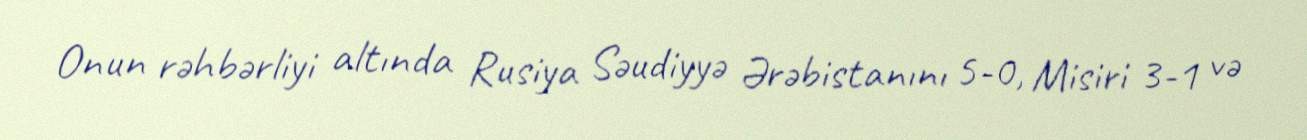
Onun rəhbərliyi altında Rusiya Səudiyyə Ərəbistanını 5-0, Misiri 3-1 və